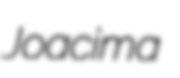
Joacima